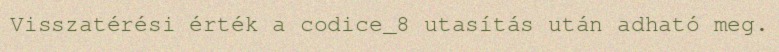
Visszatérési érték a codice_8 utasítás után adható meg.